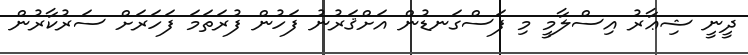
ދީނީ ޝިޢާރު އިސްލާމީ މި ފަސްގަނޑުން އަށްޤަރުނު ފަހުން ފުރަތަމަ ފަހަރަށް ސަރުކާރުން